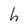
Character: h